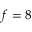
f = 8